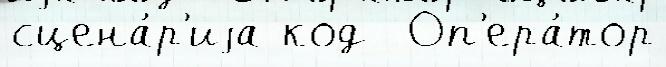
сцена́р'иjа код  Оп'ера́тор